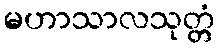
မဟာသာလသုတ္တံ